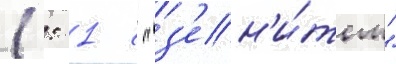
1: 1 с "з'ен'и́том"